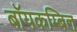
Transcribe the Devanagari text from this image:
बॉयकम्बिल